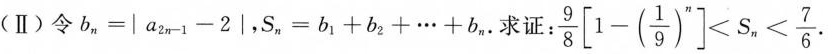
(Ⅱ)令$$b_{n}=│a_{2n-1}-2│$$，$$S_{n}=b_{1}+b_{2}+\cdots +b_{n}. 求证: $$\frac{9}{8}\left[ 1-(\frac{1}{9})^{n}\right] <S_{n}< \frac{7}{6}$$.